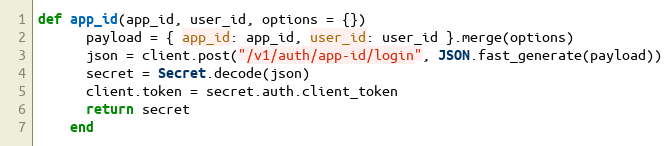
Language: Ruby
def app_id(app_id, user_id, options = {})
      payload = { app_id: app_id, user_id: user_id }.merge(options)
      json = client.post("/v1/auth/app-id/login", JSON.fast_generate(payload))
      secret = Secret.decode(json)
      client.token = secret.auth.client_token
      return secret
    end